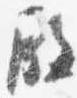
殿